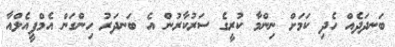
ބަނދަދެއް ހެދި ކަމަށް ނިންމާ ކުރީގެ ސަރުކާރުން އެ ބަނދަރު ހިންގަން އެމްޕީއެލްއާ